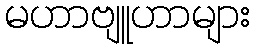
မဟာဗျူဟာများ